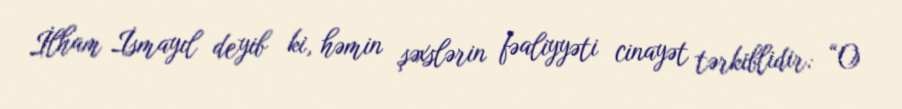
İlham İsmayıl deyib ki, həmin şəxslərin fəaliyyəti cinayət tərkiblidir: “O